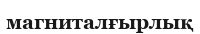
магниталғырлық